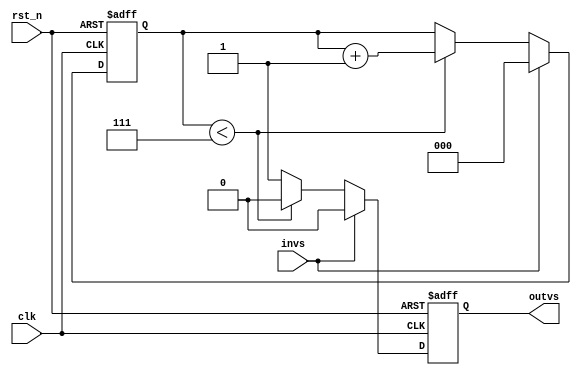
`timescale 1ns / 1ps

module v_speed_debouncer(clk,rst_n,invs,outvs
    );
	 
input clk;
input rst_n;
input invs;
output outvs;

reg[2:0] counter;
reg outvs;


always@(posedge clk or negedge rst_n)
begin
	if(!rst_n)
	begin
		counter<=3'd0;
		outvs<=1'b0;
	end
else 
	begin
		if(invs)
			begin
				counter<=3'b0;
				outvs<=1'b0;
			end
		else
		begin
		if(counter<3'd7)
			begin
				counter<=counter+1'b1;
				outvs<=1'b0;
			end
		else 
			begin
				counter<=counter;
				outvs<=1'b1;
			end
		end
	end


end



endmodule